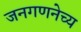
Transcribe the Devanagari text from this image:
जनगणनेच्य